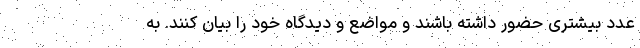
عدد بیشتری حضور داشته باشند و مواضع و دیدگاه خود را بیان کنند. به